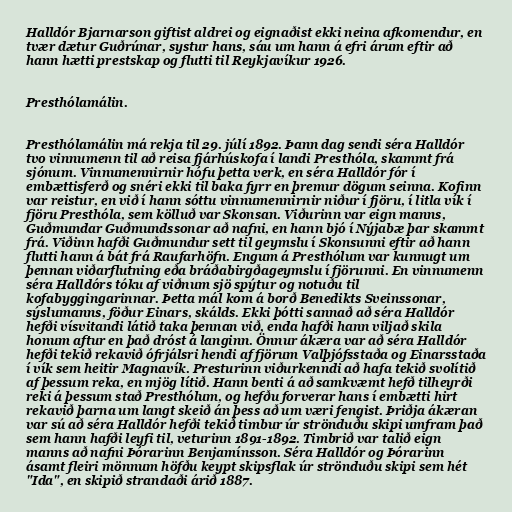
Halldór Bjarnarson giftist aldrei og eignaðist ekki neina afkomendur, en
tvær dætur Guðrúnar, systur hans, sáu um hann á efri árum eftir að
hann hætti prestskap og flutti til Reykjavíkur 1926.

Presthólamálin.

Presthólamálin má rekja til 29. júlí 1892. Þann dag sendi séra Halldór
tvo vinnumenn til að reisa fjárhúskofa í landi Presthóla, skammt frá
sjónum. Vinnumennirnir hófu þetta verk, en séra Halldór fór í
embættisferð og snéri ekki til baka fyrr en þremur dögum seinna. Kofinn
var reistur, en við í hann sóttu vinnumennirnir niður í fjöru, í litla vík í
fjöru Presthóla, sem kölluð var Skonsan. Viðurinn var eign manns,
Guðmundar Guðmundssonar að nafni, en hann bjó í Nýjabæ þar skammt
frá. Viðinn hafði Guðmundur sett til geymslu í Skonsunni eftir að hann
flutti hann á bát frá Raufarhöfn. Engum á Presthólum var kunnugt um
þennan viðarflutning eða bráðabirgðageymslu í fjörunni. En vinnumenn
séra Halldórs tóku af viðnum sjö spýtur og notuðu til
kofabyggingarinnar. Þetta mál kom á borð Benedikts Sveinssonar,
sýslumanns, föður Einars, skálds. Ekki þótti sannað að séra Halldór
hefði vísvitandi látið taka þennan við, enda hafði hann viljað skila
honum aftur en það dróst á langinn. Önnur ákæra var að séra Halldór
hefði tekið rekavið ófrjálsri hendi af fjörum Valþjófsstaða og Einarsstaða
í vík sem heitir Magnavík. Presturinn viðurkenndi að hafa tekið svolítið
af þessum reka, en mjög lítið. Hann benti á að samkvæmt hefð tilheyrði
reki á þessum stað Presthólum, og hefðu forverar hans í embætti hirt
rekavið þarna um langt skeið án þess að um væri fengist. Þriðja ákæran
var sú að séra Halldór hefði tekið timbur úr strönduðu skipi umfram það
sem hann hafði leyfi til, veturinn 1891-1892. Timbrið var talið eign
manns að nafni Þórarinn Benjamínsson. Séra Halldór og Þórarinn
ásamt fleiri mönnum höfðu keypt skipsflak úr strönduðu skipi sem hét
"Ida", en skipið strandaði árið 1887.